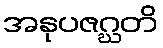
အနုပဇဂ္ဃတိ